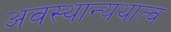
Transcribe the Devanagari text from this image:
अवस्थान्यथात्व